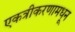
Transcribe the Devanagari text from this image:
एकत्रीकरणामधून